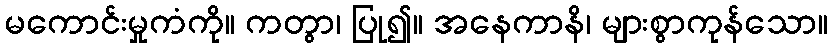
မကောင်းမှုကံကို။ ကတွာ၊ ပြု၍။ အနေကာနိ၊ များစွာကုန်သော။